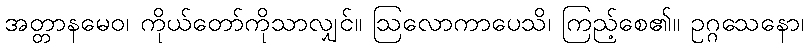
အတ္တာနမေဝ၊ ကိုယ်တော်ကိုသာလျှင်။ ဩလောကာပေသိ၊ ကြည့်စေ၏။ ဥဂ္ဂသေနော၊